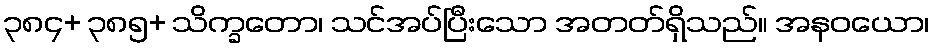
၃၈၄+ ၃၈၅+ သိက္ခတော၊ သင်အပ်ပြီးသော အတတ်ရှိသည်။ အနဝယော၊